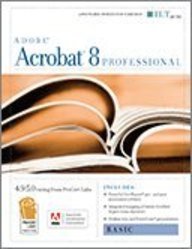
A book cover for Acrobat 8 Professional: Basic, Ace Edition + Certblaster, Instructor's Edition (ILT); Axzo Press; Computers & Technology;